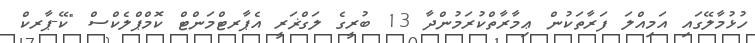
ހުޅުމާލޭގައި އަމިއްލަ ފަރާތަކުން ޢިމާރާތްކުރަމުންދާ 13 ބުރީގެ ލަގްޜަރީ އެޕާރޓްމަންޓް ކޮމްޕްލެކްސް "ކޭ-ޕާރކް